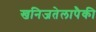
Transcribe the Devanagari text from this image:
खनिजतेलापैकी